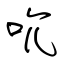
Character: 吮